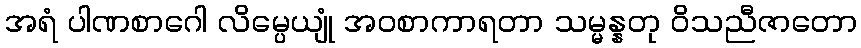
အရံ ပါဏစာဂေါ လိမ္ပေယျုံ အဝစာကာရတာ သမ္မန္နတု ဝိသညီဇာတော